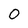
Character: 0